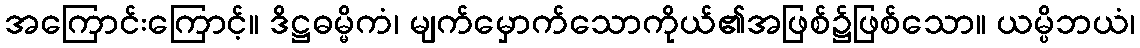
အကြောင်းကြောင့်။ ဒိဋ္ဌဓမ္မိကံ၊ မျက်မှောက်သောကိုယ်၏အဖြစ်၌ဖြစ်သော။ ယမ္ပိဘယံ၊